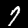
Digit: 7